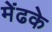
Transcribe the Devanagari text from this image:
मेंढके